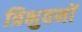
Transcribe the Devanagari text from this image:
त्रिभुवनों